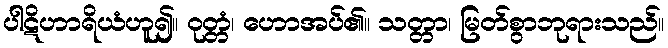
ပါဋိဟာရိယံဟူ၍။ ဝုတ္တံ၊ ဟောအပ်၏။ သတ္တာ၊ မြတ်စွာဘုရားသည်။